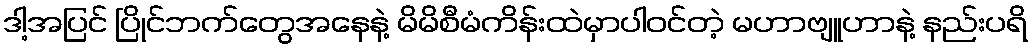
ဒါ့အပြင် ပြိုင်ဘက်တွေအနေနဲ့ မိမိစီမံကိန်းထဲမှာပါဝင်တဲ့ မဟာဗျူဟာနဲ့ နည်းပရိ